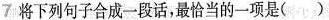
7 将下列句子合成一段话，最恰当的一项是( )